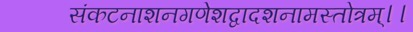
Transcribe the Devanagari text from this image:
संकटनाशनगणेशद्वादशनामस्तोत्रम्।।